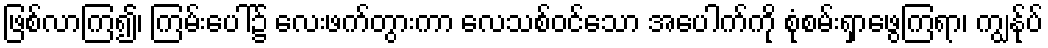
ဖြစ်လာကြ၍၊ ကြမ်းပေါ်၌ လေးဖက်တွားကာ လေသစ်ဝင်သော အပေါက်ကို စုံစမ်းရှာဖွေကြရာ၊ ကျွန်ုပ်